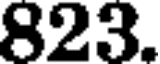
823.